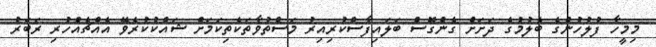
މިމީހާ ފުލުހުންގެ ބެލުމުގެ ދަށަށް ގެންގޮސް ބަލައިފާސްކުރިއިރު މަސްތުވާތަކެތިކަމަށް ޝައްކުކުރެވޭ އެއްޗެއްހުރި ރަބަރު